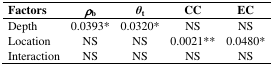
<table><thead><tr><td><b>Factors</b></td><td><b><i>ρ</i><sub>b</sub></b></td><td><b><i>θ</i><sub>t</sub></b></td><td><b>CC</b></td><td><b>EC</b></td></tr></thead><tbody><tr><td>Depth</td><td>0.0393*</td><td>0.0320*</td><td>NS</td><td>NS</td></tr><tr><td>Location</td><td>NS</td><td>NS</td><td>0.0021**</td><td>0.0480*</td></tr><tr><td>Interaction</td><td>NS</td><td>NS</td><td>NS</td><td>NS</td></tr></tbody></table>